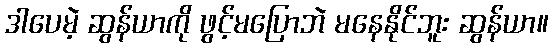
ဒါပေမဲ့ ဆွန်ယာကို ဖွင့်မပြောဘဲ မနေနိုင်ဘူး ဆွန်ယာ။